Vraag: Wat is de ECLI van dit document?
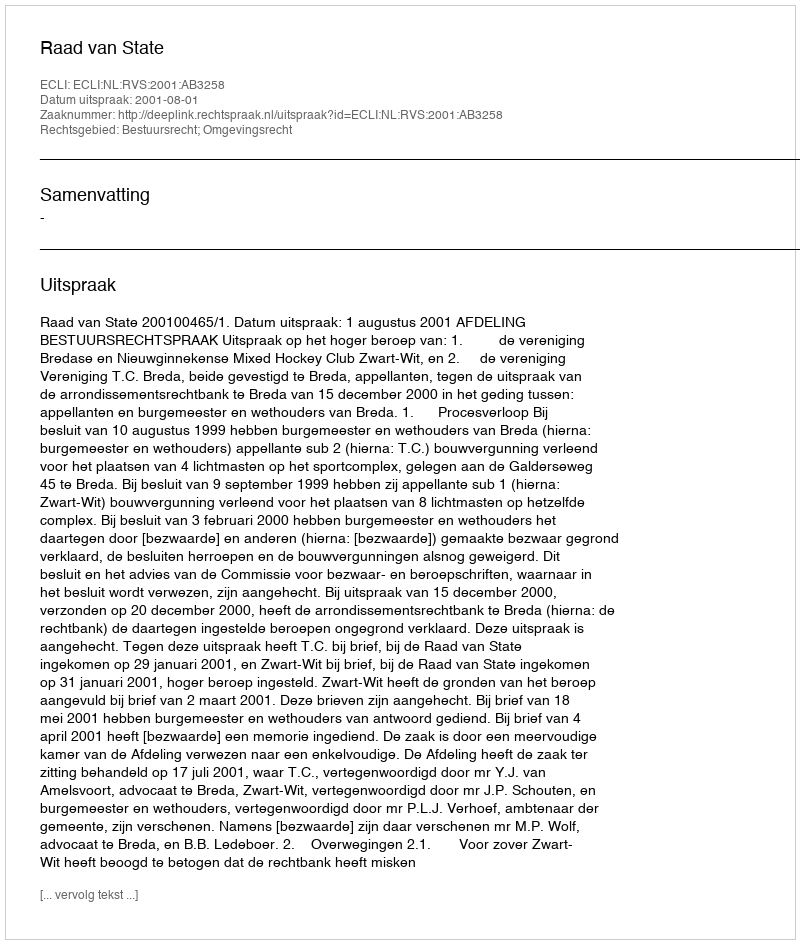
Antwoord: ECLI:NL:RVS:2001:AB3258